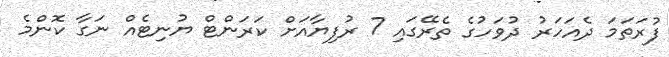
ފުރަތަމަ ދެއަހަރު ދުވަހުގެ ތެރޭގައި 7 ރުފިޔާއަށް ކަރަންޓް ޔުނިޓެއް ނަގާ ކޮންމެ